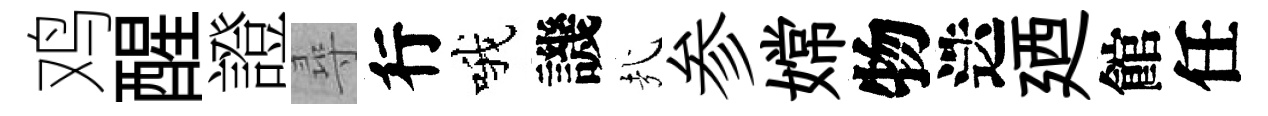
鸡醒證尋行哦譏㢤参嫦物迭廼館任